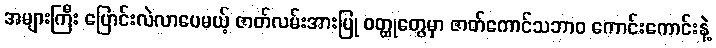
အများကြီး ပြောင်းလဲလာပေမယ့် ဇာတ်လမ်းအားပြု ဝတ္ထုတွေမှာ ဇာတ်ကောင်သဘာဝ ကောင်းကောင်းနဲ့